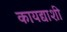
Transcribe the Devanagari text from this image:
कायद्याशी